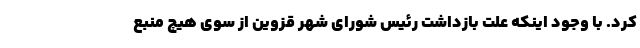
کرد. با وجود اینکه علت بازداشت رئیس شورای شهر قزوین از سوی هیچ منبع